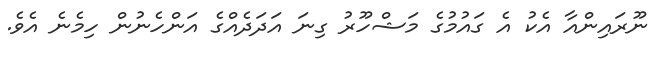
ނޫރައިންއާ އެކު އެ ގައުމުގެ މަޝްހޫރު ގިނަ އަދަދެއްގެ އަންހެނުން ހިމެނެ އެވެ.